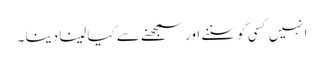
انہیں کسی کو سننے اور سمجھنے سے کیا لینا دینا ۔